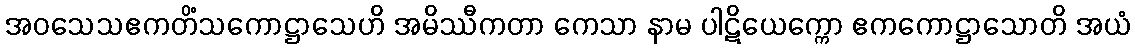
အဝသေသဧကတိံသကောဋ္ဌာသေဟိ အမိဿီကတာ ကေသာ နာမ ပါဋိယေက္ကော ဧကကောဋ္ဌာသောတိ အယံ